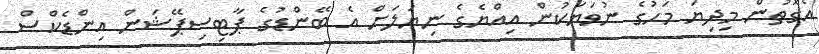
އެގޮތުން މިދިޔަ މަހުގެ ނުވަޔަކުން އިއްޔެގެ ނިޔަލަށް އެ ބޭންޑުގެ ޕާޓިސިޕޭޝަން އިންޑެކްސް